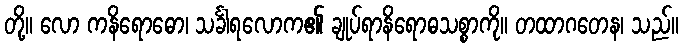
တို့။ လော ကနိရောဓော၊ သင်္ခါရလောက၏ ချုပ်ရာနိရောဓသစ္စာကို။ တထာဂတေန၊ သည်။